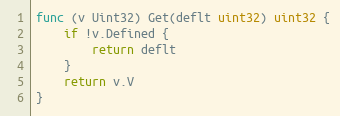
Language: Go
func (v Uint32) Get(deflt uint32) uint32 {
	if !v.Defined {
		return deflt
	}
	return v.V
}